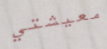
معيشتي